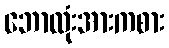
ဘောလုံးအားကစား